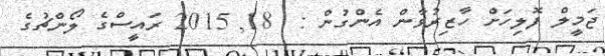
ޖަމީލް ފޮލިހަށް ހާޒިރުވާން އެންގުން :  18